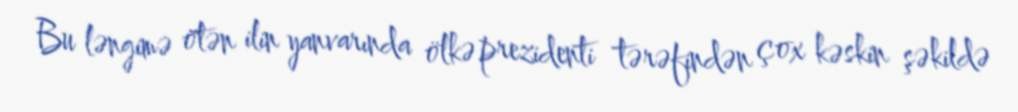
Bu ləngimə ötən ilin yanvarında ölkə prezidenti tərəfindən çox kəskin şəkildə